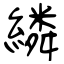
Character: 繗